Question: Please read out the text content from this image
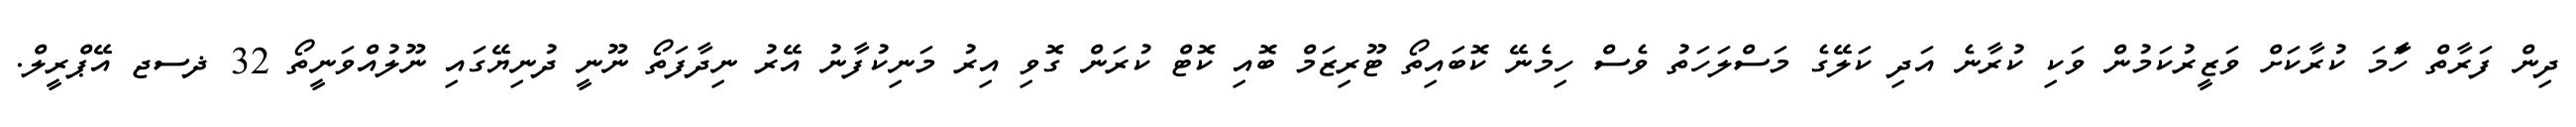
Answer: ދިން ފަރާތް ހަާމަ ކުރާކަށް ވަޒީރުކަމުން ވަކި ކުރާނެ އަދި ކަލޭގެ މަސްލަހަތު ވެސް ހިމެނޭ ކޮބައިތޯ ޓޫރިޒަމް ބޮއި ކޮޓް ކުރަން ގޮވި އިރު މަނިކުފާނު އޭރު ނިދާފަތޯ ނޫނީ ދުނިޔޭގައި ނޫލުއްވަނީތޯ 32 ޛސޖ އޭޕްރީލް.